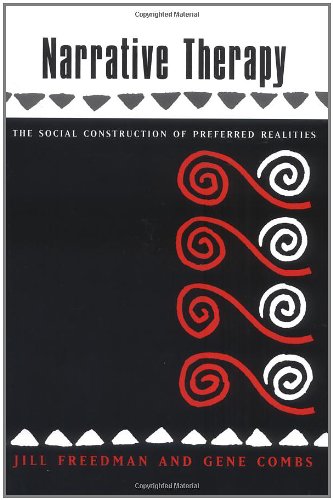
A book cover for Narrative Therapy: The Social Construction of Preferred Realities; Gene Combs; Medical Books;